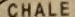
CHALE